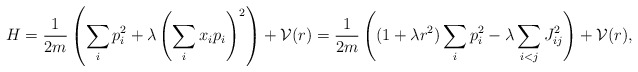
\begin{align*} H = \frac{1}{2m}\left(\sum_i p_i^2 + \lambda \left(\sum_i x_i p_i\right)^2\right) + {\cal V}(r) = \frac{1}{2m}\left((1+\lambda r^2) \sum_i p_i^2 - \lambda \sum_{i<j} J_{ij}^2\right) + {\cal V}(r), \end{align*}